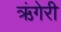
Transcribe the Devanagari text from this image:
ऋंगेरी